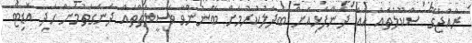
ރާއްޖޭގެ ސްކޫލުތައް އެއް ދަންފަޅިއަށް ބަދަލުކުރުމަށް ބޭނުންވާ ވަސީލަތްތައް ދެނެގަތުމަށް ހެދި އޮޑިޓް